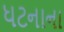
ધટનાના